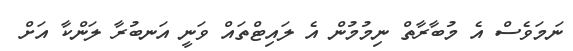
ނަމަވެސް އެ މުބާރާތް ނިމުމުން އެ ލައިޓްތައް ވަނީ އަނބުރާ ލަންކާ އަށް